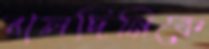
বালদিনিকে